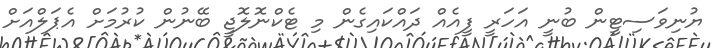
ޔުނިވަސިޓީން ބުނީ އަހަރީ ފީއެއް ދައްކައިގެން މި ޓެކްނޮލޮޖީ ބޭނުން ކުރުމަށް އެޕަލްއަށް